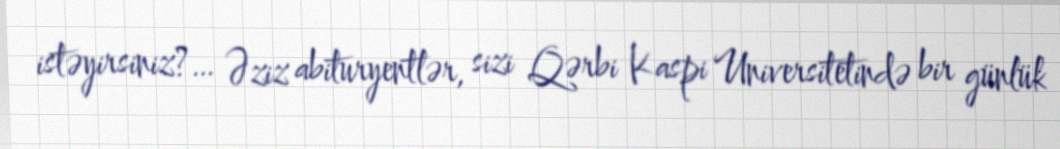
istəyirsiniz?… Əziz abituryentlər, sizi Qərbi Kaspi Universitetində bir günlük